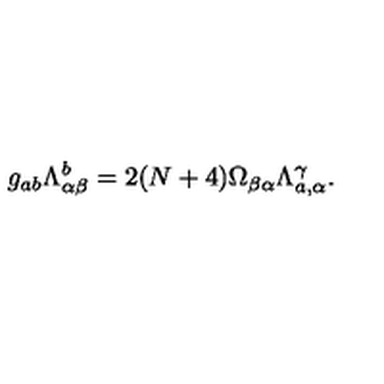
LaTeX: g _ { a b } \Lambda _ { \alpha \beta } ^ { b } = 2 ( N + 4 ) \Omega _ { \beta \alpha } \Lambda _ { a , \alpha } ^ { \gamma } .